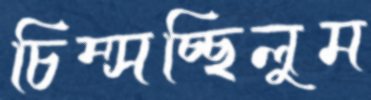
চিম্‌সচ্ছিলুম